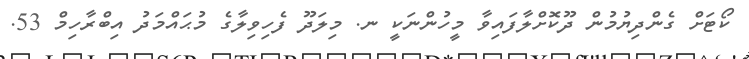
ކޯޓަށް ގެންދިޔުމުން ދޫކޮށްލާފައިވާ މީހުންނަކީ ނ. މިލަދޫ ފެހިވިލާގެ މުޙައްމަދު އިބްރާހިމް 53.